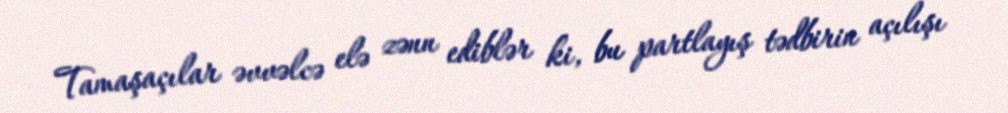
Tamaşaçılar əvvəlcə elə zənn ediblər ki, bu partlayış tədbirin açılışı